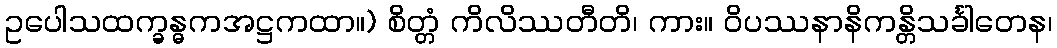
ဥပေါသထက္ခန္ဓကအဋ္ဌကထာ။) စိတ္တံ ကိလိဿတီတိ၊ ကား။ ဝိပဿနာနိကန္တိသင်္ခါတေန၊